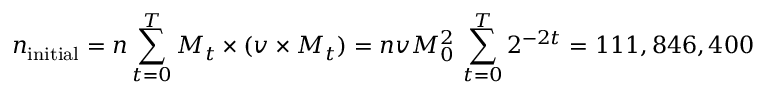
n _ { \mathrm { { i n i t i a l } } } = n \sum _ { t = 0 } ^ { T } M _ { t } \times ( v \times M _ { t } ) = n v M _ { 0 } ^ { 2 } \, \sum _ { t = 0 } ^ { T } 2 ^ { - 2 t } = 1 1 1 , 8 4 6 , 4 0 0